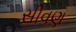
સીવણ